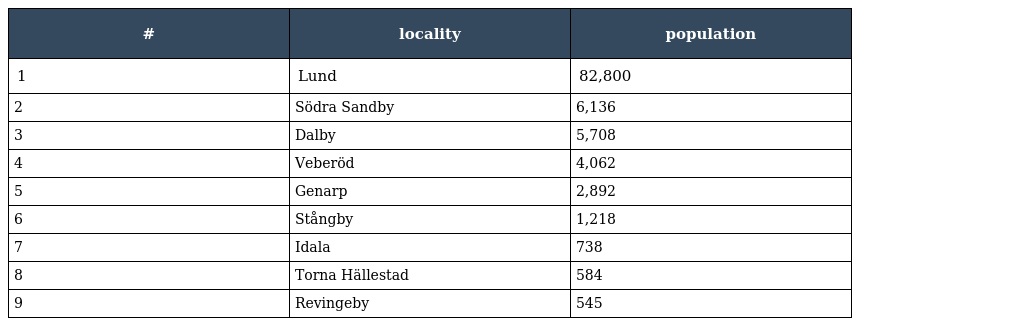
| # | locality | population |
 | --- | --- | --- |
 | 1 | Lund | 82,800 |
 | 2 | Södra Sandby | 6,136 |
 | 3 | Dalby | 5,708 |
 | 4 | Veberöd | 4,062 |
 | 5 | Genarp | 2,892 |
 | 6 | Stångby | 1,218 |
 | 7 | Idala | 738 |
 | 8 | Torna Hällestad | 584 |
 | 9 | Revingeby | 545 |